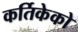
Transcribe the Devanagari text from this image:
कर्तिकेको